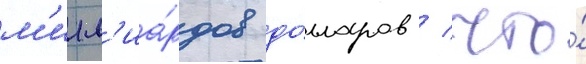
м'илл'иа́рдов до́лларов / что́